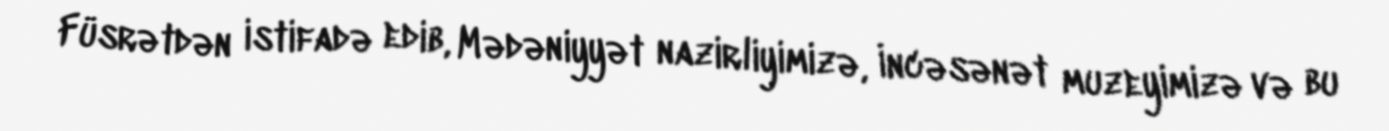
Füsrətdən istifadə edib, Mədəniyyət nazirliyimizə, İncəsənət muzeyimizə və bu